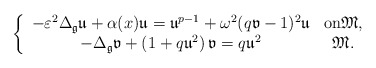
\begin{align*}\left\{\begin{array}[c]{cc}-\varepsilon^{2}\Delta_{\mathfrak{g}}\mathfrak{u}+\alpha(x)\mathfrak{u}=\mathfrak{u}^{p-1}+\omega^{2}(q\mathfrak{v}-1)^{2}\mathfrak{u} & \text{on}\mathfrak{M},\\-\Delta_{\mathfrak{g}}\mathfrak{v}+\left( 1+q\mathfrak{u}^{2}\right)\mathfrak{v}=q\mathfrak{u}^{2} & \mathfrak{M}.\end{array}\right. \end{align*}